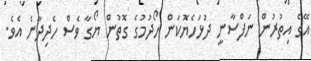
އޭގެ އިތުރުން ނަފްސާނީ ދުޅަހެޔޮކަން ހޯދުމުގެ ގޮތުން ޔޯގާ ވެސް ހެދިދާނެ އެވެ.